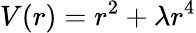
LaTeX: V(r)=r^{2}+\lambda r^{4}